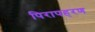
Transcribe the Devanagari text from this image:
पिरापहरण